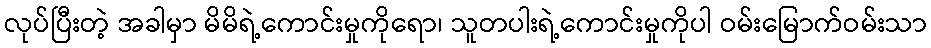
လုပ်ပြီးတဲ့ အခါမှာ မိမိရဲ့ကောင်းမှုကိုရော၊ သူတပါးရဲ့ကောင်းမှုကိုပါ ဝမ်းမြောက်ဝမ်းသာ